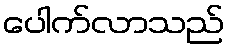
ပေါက်လာသည်